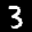
Label: 3